Source: Handwritten
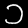
Digit: ၁ (1)